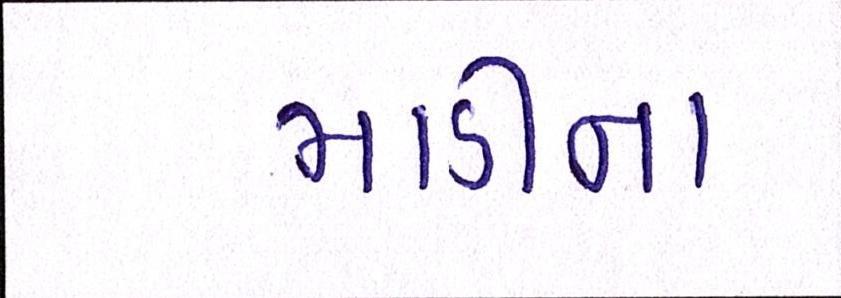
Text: માડીના